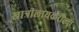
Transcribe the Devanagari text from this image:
खात्रीलायकरीत्या